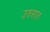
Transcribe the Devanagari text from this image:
उरुसात